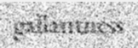
gallantness